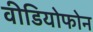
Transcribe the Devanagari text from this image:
वीडियोफोन